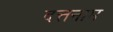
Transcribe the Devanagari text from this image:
दत्तनाम